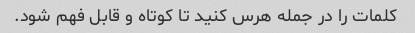
کلمات را در جمله هرس کنید تا کوتاه و قابل فهم شود.